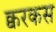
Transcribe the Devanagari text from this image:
क्वरकस